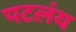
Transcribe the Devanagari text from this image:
पटलंय